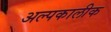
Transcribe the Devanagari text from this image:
अल्पकालीक